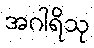
အဂါရိသု